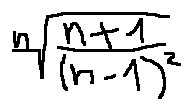
\sqrt [ n ] { \frac { n + 1 } { ( n - 1 ) ^ { 2 } } }